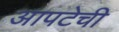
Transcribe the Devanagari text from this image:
आपटेची